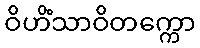
ဝိဟိံသာဝိတက္ကော